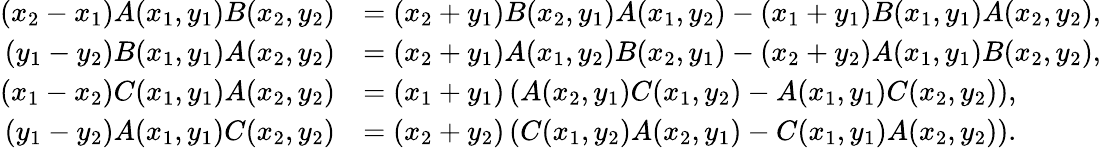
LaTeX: \begin{array}{rl}{(x_{2}-x_{1})A(x_{1},y_{1})B(x_{2},y_{2})}&{=(x_{2}+y_{1})B(x_{2},y_{1})A(x_{1},y_{2})-(x_{1}+y_{1})B(x_{1},y_{1})A(x_{2},y_{2}),}\\ {(y_{1}-y_{2})B(x_{1},y_{1})A(x_{2},y_{2})}&{=(x_{2}+y_{1})A(x_{1},y_{2})B(x_{2},y_{1})-(x_{2}+y_{2})A(x_{1},y_{1})B(x_{2},y_{2}),}\\ {(x_{1}-x_{2})C(x_{1},y_{1})A(x_{2},y_{2})}&{=(x_{1}+y_{1})\left(A(x_{2},y_{1})C(x_{1},y_{2})-A(x_{1},y_{1})C(x_{2},y_{2})\right),}\\ {(y_{1}-y_{2})A(x_{1},y_{1})C(x_{2},y_{2})}&{=(x_{2}+y_{2})\left(C(x_{1},y_{2})A(x_{2},y_{1})-C(x_{1},y_{1})A(x_{2},y_{2})\right).}\end{array}